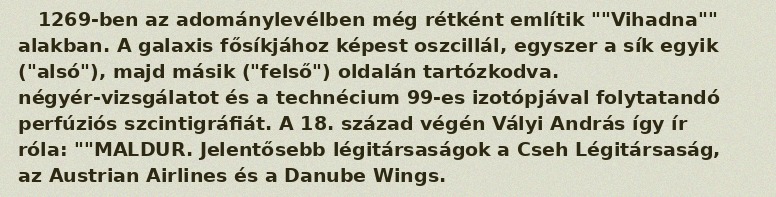
1269-ben az adománylevélben még rétként említik ""Vihadna"" alakban. A galaxis fősíkjához képest oszcillál, egyszer a sík egyik ("alsó"), majd másik ("felső") oldalán tartózkodva. négyér-vizsgálatot és a technécium 99-es izotópjával folytatandó perfúziós szcintigráfiát. A 18. század végén Vályi András így ír róla: ""MALDUR. Jelentősebb légitársaságok a Cseh Légitársaság, az Austrian Airlines és a Danube Wings.